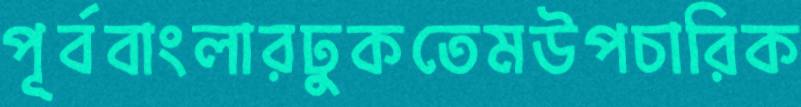
পূর্ববাংলারঢুকতেমউপচারিক